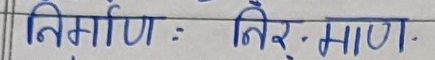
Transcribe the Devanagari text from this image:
निर्माण : निर्-माण .